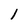
Character: 1